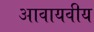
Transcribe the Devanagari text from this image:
आवायवीय